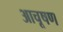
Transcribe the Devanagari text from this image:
आचूषण